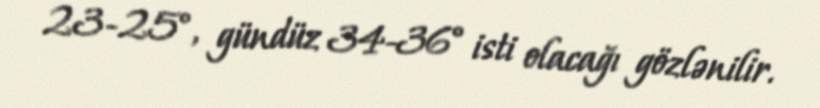
23-25°, gündüz 34-36° isti olacağı gözlənilir.